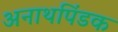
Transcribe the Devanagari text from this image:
अनाथपिंडक